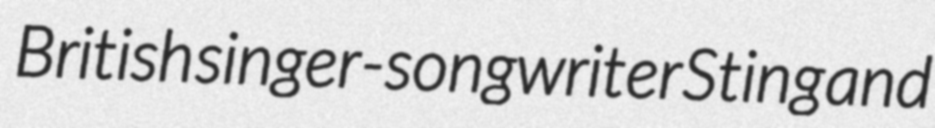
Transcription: British singer-songwriter Sting and